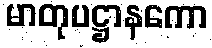
မာတုပဋ္ဌာနကော